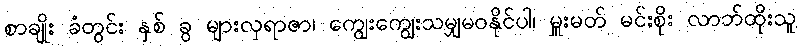
စာချိုး ခံတွင်း နှစ် ခွ များလှရာဇာ၊ ကျွေးကျွေးသမျှမဝနိုင်ပါ၊ မှူးမတ် မင်းစိုး လာဘ်ထိုးသူ